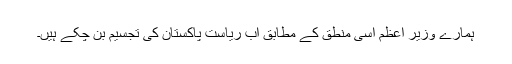
ہمارے وزیر اعظم اسی منطق کے مطابق اب ریاستِ پاکستان کی تجسیم بن چکے ہیں۔